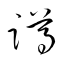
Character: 蹲